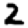
Digit: 2